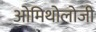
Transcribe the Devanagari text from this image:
ओमिथोलोजी